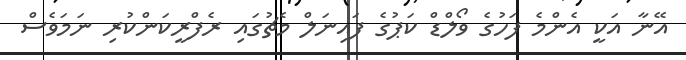
އޭނާ އަކީ އެންމެ ފަހުގެ ވޯލްޑް ކަޕުގެ ފައިނަލް މެޗުގައި ރެފްރީކަންކުރި ނަމަވެސް